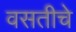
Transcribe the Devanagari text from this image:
वसतीचे